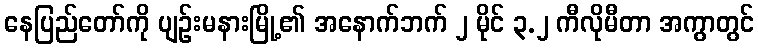
နေပြည်တော်ကို ပျဉ်းမနားမြို့၏ အနောက်ဘက် ၂ မိုင် ၃.၂ ကီလိုမီတာ အကွာတွင်